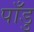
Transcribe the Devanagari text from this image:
पाँडु